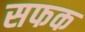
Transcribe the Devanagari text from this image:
सफक